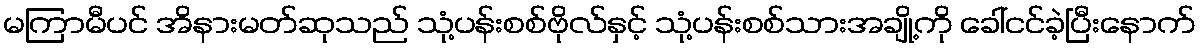
မကြာမီပင် အိနားမတ်ဆုသည် သုံ့ပန်းစစ်ဗိုလ်နှင့် သုံ့ပန်းစစ်သားအချို့ကို ခေါ်ငင်ခဲ့ပြီးနောက်